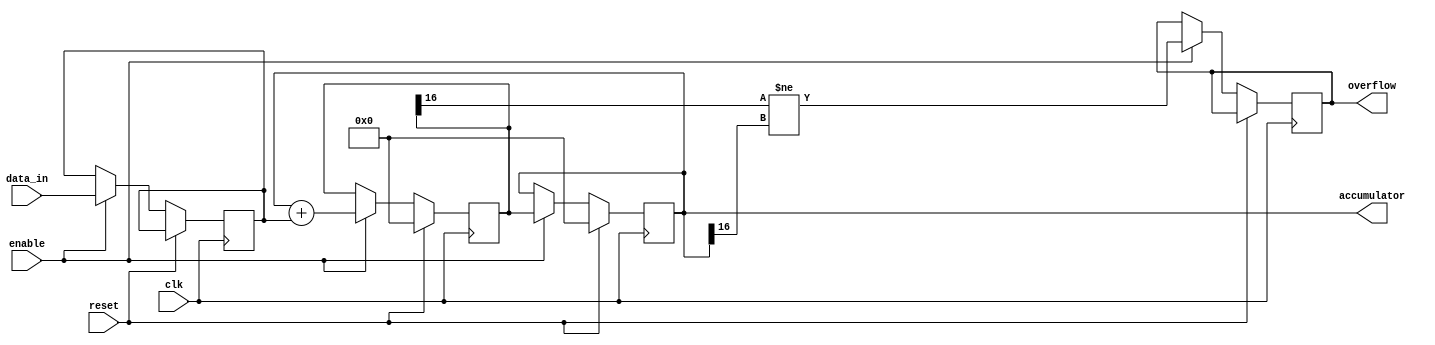
module accumulator (
    input wire clk,
    input wire reset,
    input wire enable,
    input wire [DATA_WIDTH-1:0] data_in,
    output reg [ACCUMULATOR_WIDTH-1:0] accumulator,
    output wire overflow
);

parameter INTEGER_BITS = 8;
parameter FRACTIONAL_BITS = 8;
parameter DATA_WIDTH = INTEGER_BITS + FRACTIONAL_BITS;
parameter ACCUMULATOR_WIDTH = INTEGER_BITS + FRACTIONAL_BITS + 1; // +1 for sign bit

reg [DATA_WIDTH-1:0] input_data;
reg [ACCUMULATOR_WIDTH-1:0] temp_accumulator;

always @(posedge clk) begin
    if (reset) begin
        accumulator <= 0;
        temp_accumulator <= 0;
    end else if (enable) begin
        input_data <= data_in;
        temp_accumulator <= accumulator + input_data;
        overflow <= (temp_accumulator[ACCUMULATOR_WIDTH-1] != accumulator[ACCUMULATOR_WIDTH-1]);
        accumulator <= temp_accumulator;
    end
end

endmodule